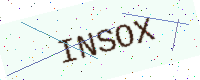
Text: INSOX